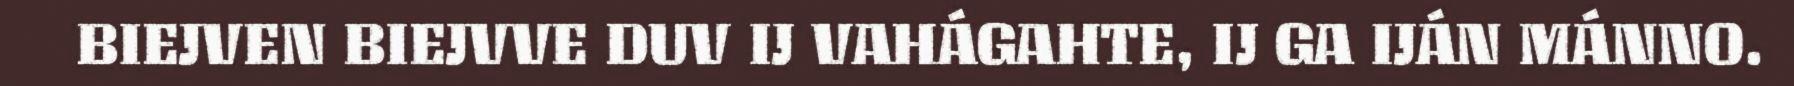
BIEJVEN BIEJVVE DUV IJ VAHÁGAHTE, IJ GA IJÁN MÁNNO.